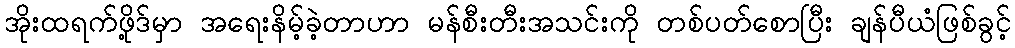
အိုးထရက်ဖို့ဒ်မှာ အရေးနိမ့်ခဲ့တာဟာ မန်စီးတီးအသင်းကို တစ်ပတ်စောပြီး ချန်ပီယံဖြစ်ခွင့်